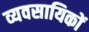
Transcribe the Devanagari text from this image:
व्यवसायिकों